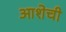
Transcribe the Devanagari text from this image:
आशेची